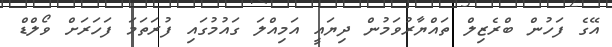
އޭގެ ފަހުން ބްރެޒިލް ތައްޔާރުވަމުން ދިޔައީ އަމިއްލަ ގައުމުގައި ފުރަތަމަ ފަހަރަށް ވޯލްޑް